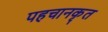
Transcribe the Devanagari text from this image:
पहचानकृत